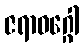
ဇရာဝဂ္ဂေါ